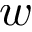
\boldsymbol { w }